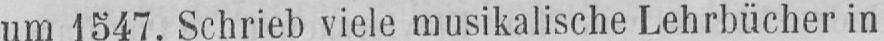
um 1547. Schrieb viele musikalische Lehrbücher in